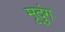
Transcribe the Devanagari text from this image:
मृदुंग